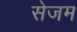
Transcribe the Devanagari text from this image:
सेजम